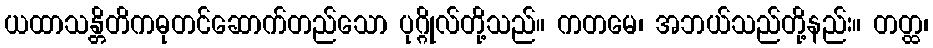
ယထာသန္တိတိကဓုတင်ဆောက်တည်သော ပုဂ္ဂိုလ်တို့သည်။ ကတမေ၊ အဘယ်သည်တို့နည်း။ တတ္ထ၊